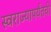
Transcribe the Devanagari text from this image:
स्वराज्यापर्यंतची